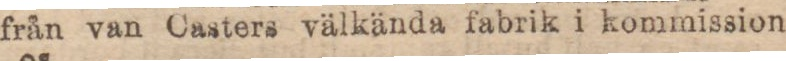
från van Casters välkända fabrik i kommission